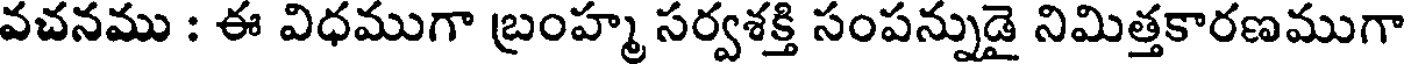
వచనము : ఈ విధముగా బ్రంహ్మ సర్వశక్తి సంపన్నుడై నిమిత్తకారణముగా